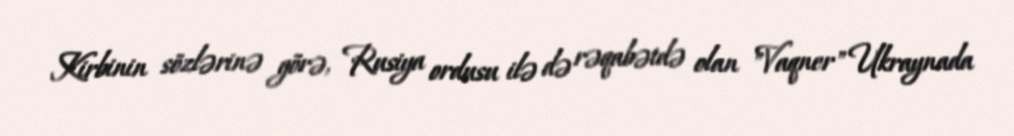
Kirbinin sözlərinə görə, Rusiya ordusu ilə də rəqabətdə olan "Vaqner" Ukraynada